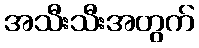
အသီးသီးအတွက်